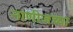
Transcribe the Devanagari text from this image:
नाणीजच्या